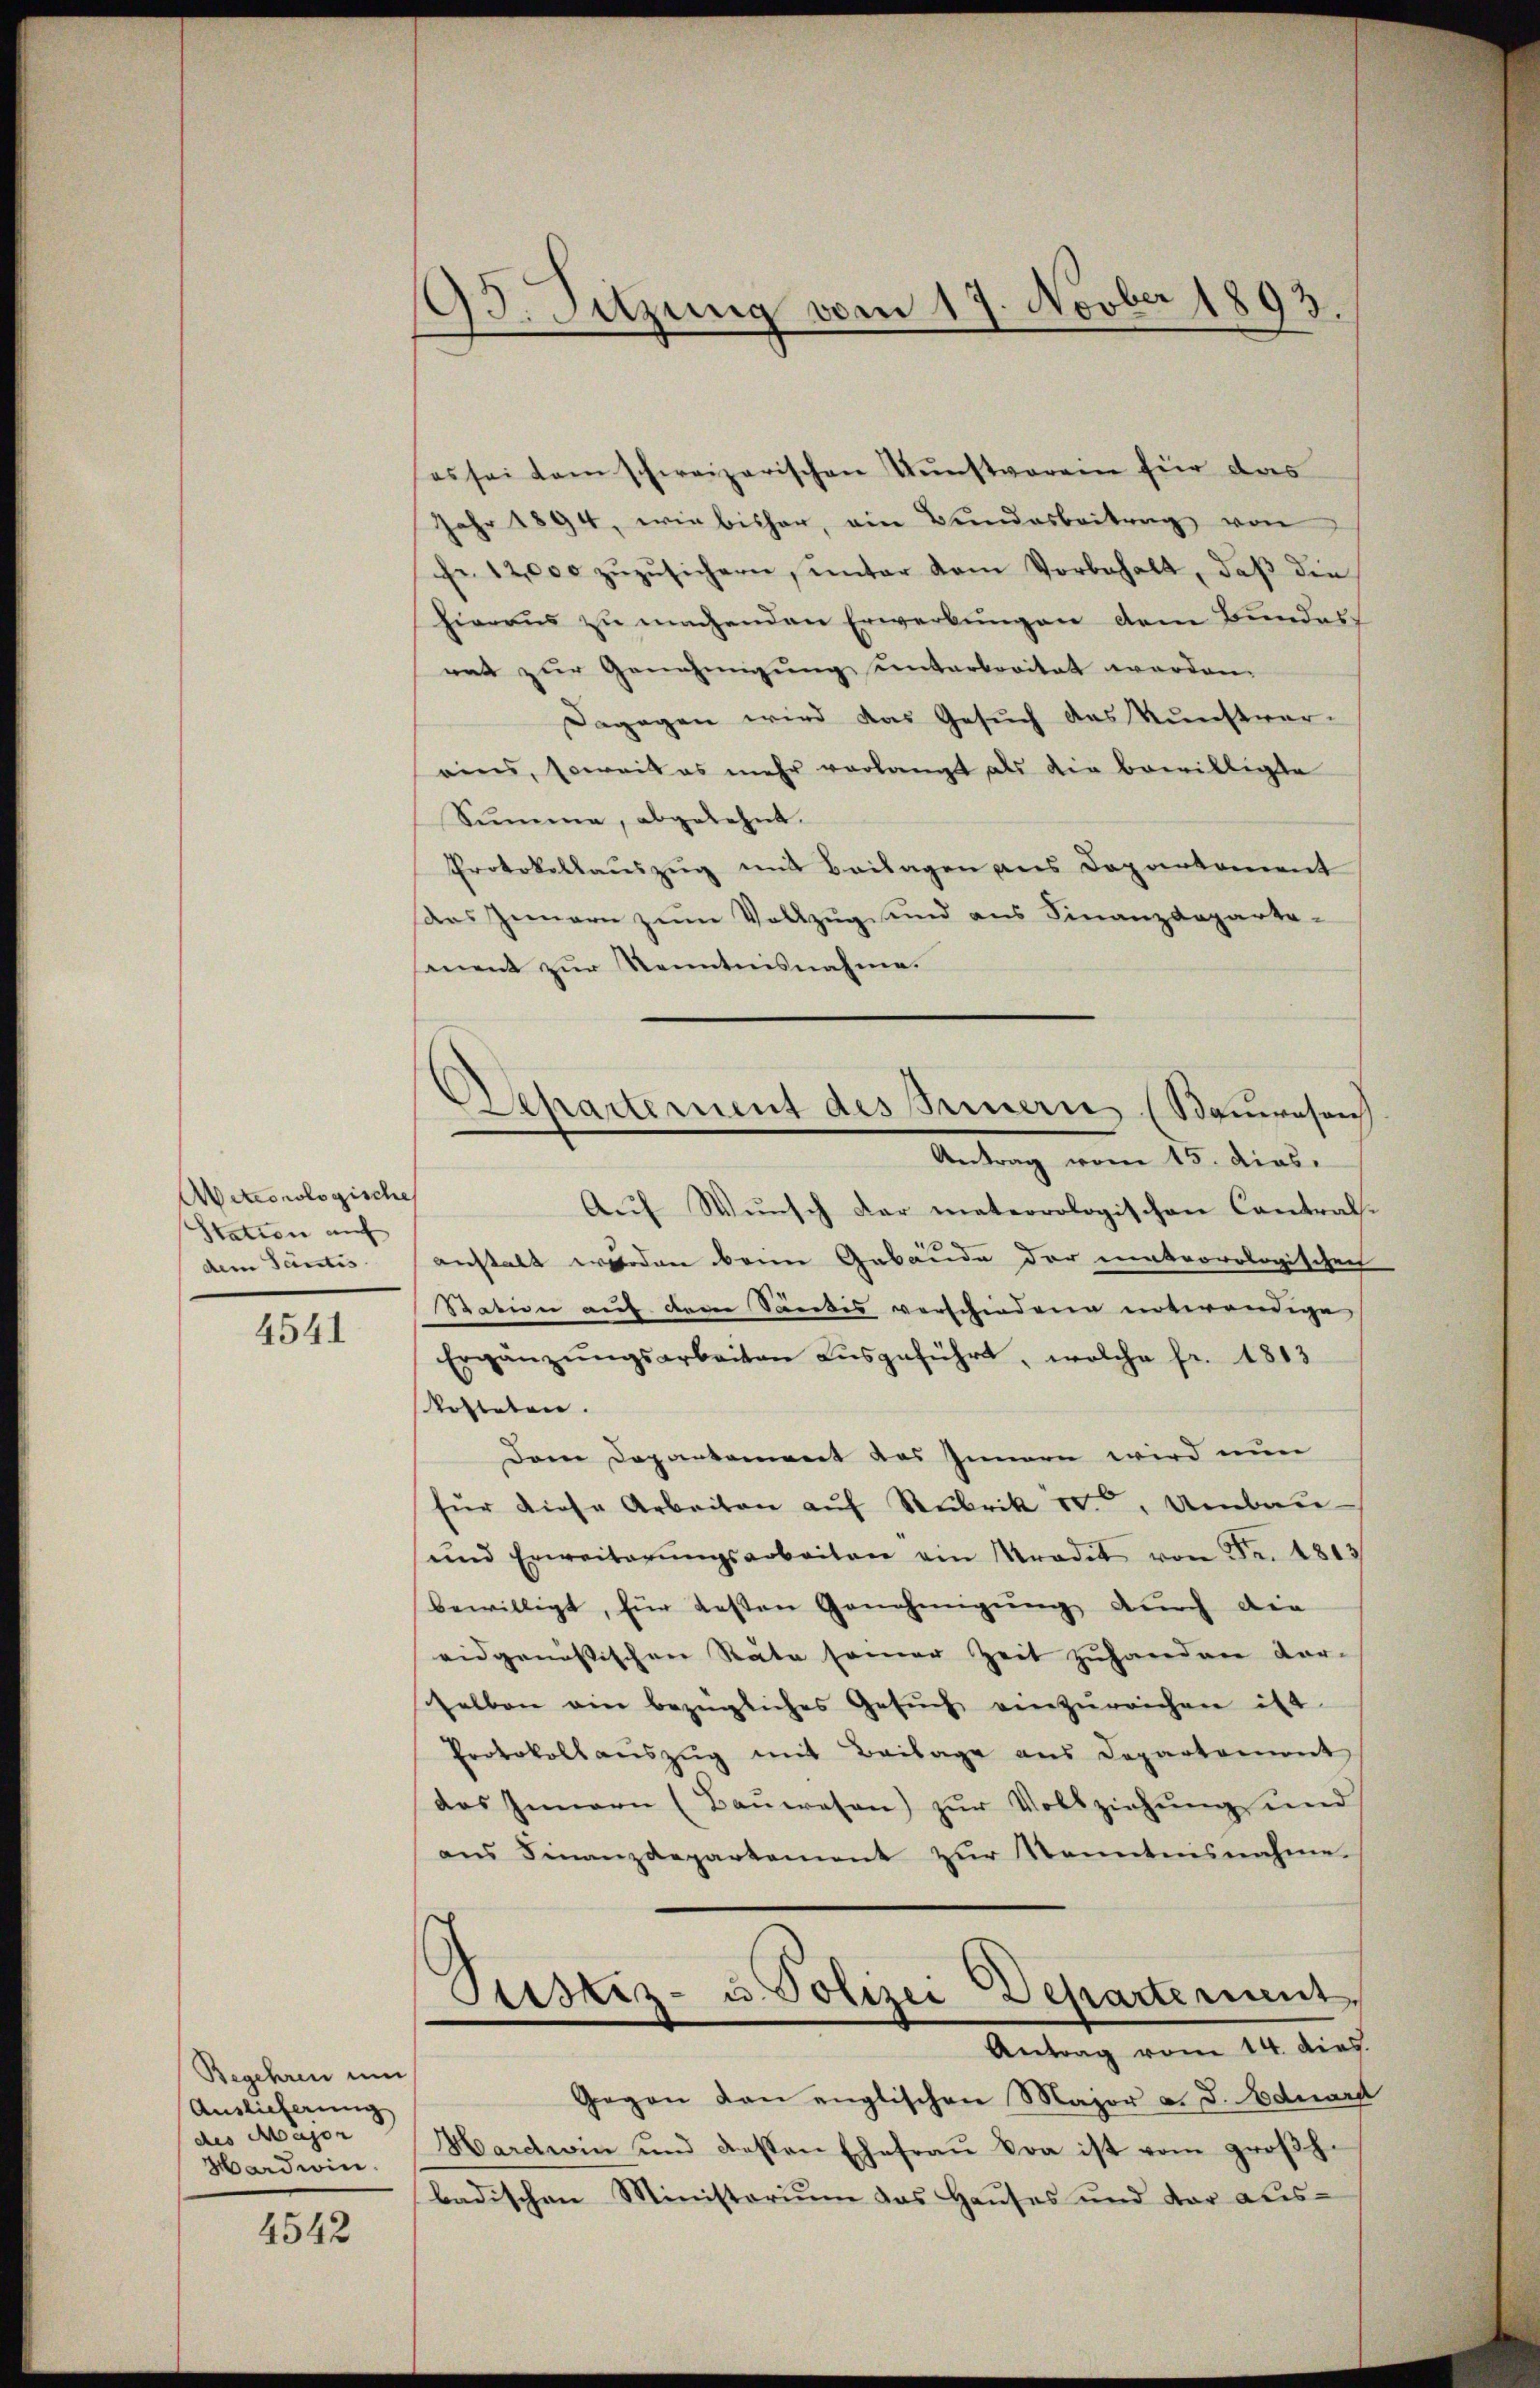
Weteorologische
Station auf
dem Tantis

4541

Begehren um
Auslieferung
des Major
Hardwin.

4542

93. Sitzung vom 17. Novber 1893.

es sei kam schweizerischen Kunstvorein für das
Jahr 1894, wie bisher, ein Bŭndesbeitrag von
fr. 12,000 zŭzŭsichern, ŭnter dem Vorbehalt, daβ die
Hieraus zu machenden Erwerbungen dem Bundes
mat zur Genehmigung unterborität worden.
Dagegen wird das Gesuch das Kunstver-
eins, soweit es mehr verlangt als der bewilligte
Summe, abgelehnt.
Protokollauszug mit Beilagen aus Departement
das Innern zum Vollzug und aus Finanzdeparte-
ment zur Kenntnisnahme.
Auf Wunsch dar meteorologischen Contral-
anstalt werden kein Gebäude der meteorologischen
Station auf deren Säntis verschiedene unterendige
Ergänzŭngsarbeiten aŭsgeführt, welche fr. 1813
Kosteten.
Dem Departement des Innern wird nun
für diese Arbeiten aŭf Rubrik od. Umbau
ŭnd Erweiterŭngsarbeiten ein Stradit von Fr. 1813
bewilligt, für gesten Genehmigŭng durch die
eidgenössischen Räte seiner Zeit zuhanden dar-
selben ain bezügliches Gesŭch einzŭreichen ist.
Protokollauszug mit Beilage aus Departement
das Innern (Baŭwesen) zŭr Vollziehŭng und
ans Finanzdepartement zur Kenntnisnehme
Pustiz- u. Polizei Departement,
Antrag vom 14. dies
Gegen den englischen Major a. d. Eduard
Harctien und dessen Ehefraŭ Bra ist vom groβh.
badischen Ministoriŭm das Haŭses und dar aus-

Separtement des Sauern (Bauwesen
Antrag vom 15. dias.